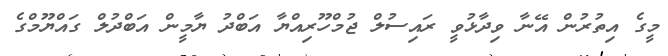
މީގެ އިތުރުން އޭނާ ވިދާޅުވީ ރައިސުލް ޖުމްހޫރިއްޔާ އަބްދު ޔާމީން އަބްދުލް ގައްޔޫމްގެ